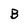
Character: B